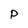
Character: p